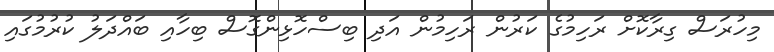
މިހުރަސް ގިރާކޮށް ރަހިމުގެ ކަރުން ރަހިމުން އަދި ބިސްހޮޅިންގޮސް ބިހާއި ބައްދަލު ކުރުމުގައި